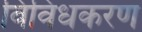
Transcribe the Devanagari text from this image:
विविधकरण